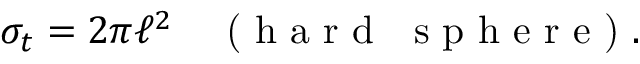
\sigma _ { t } = 2 \pi \ell ^ { 2 } \quad \textrm { ( h a r d ~ s p h e r e ) } .